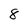
Character: 8